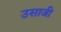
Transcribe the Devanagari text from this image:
उसाजी